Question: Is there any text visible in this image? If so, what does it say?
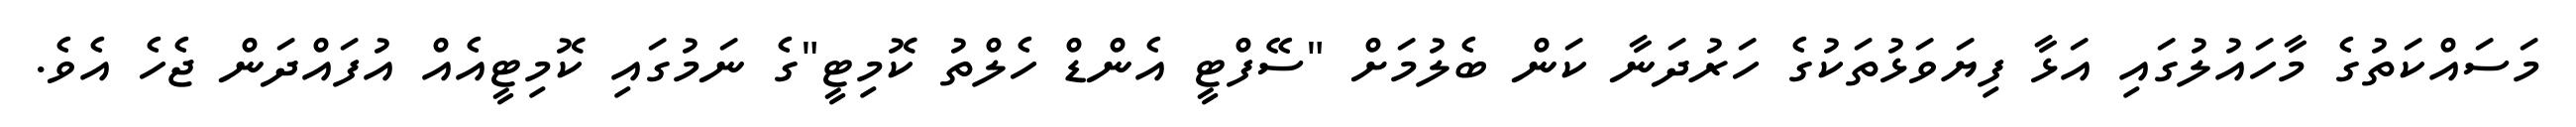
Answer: މަސައްކަތުގެ މާހައުލުގައި އަޅާ ފިޔަވަޅުތަކުގެ ހަރުދަނާ ކަން ބެލުމަށް "ސޭފްޓީ އެންޑް ހެލްތު ކޮމިޓީ"ގެ ނަމުގައި ކޮމިޓީއެއް އުފައްދަން ޖެހެ އެވެ.